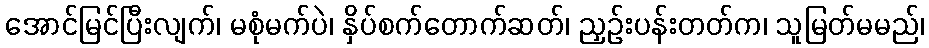
အောင်မြင်ပြီးလျက်၊ မစုံမက်ပဲ၊ နှိပ်စက်တောက်ဆတ်၊ ညှဉ်းပန်းတတ်က၊ သူမြတ်မမည်၊